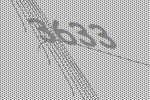
3633